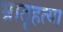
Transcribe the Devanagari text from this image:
भ्रातृहत्या